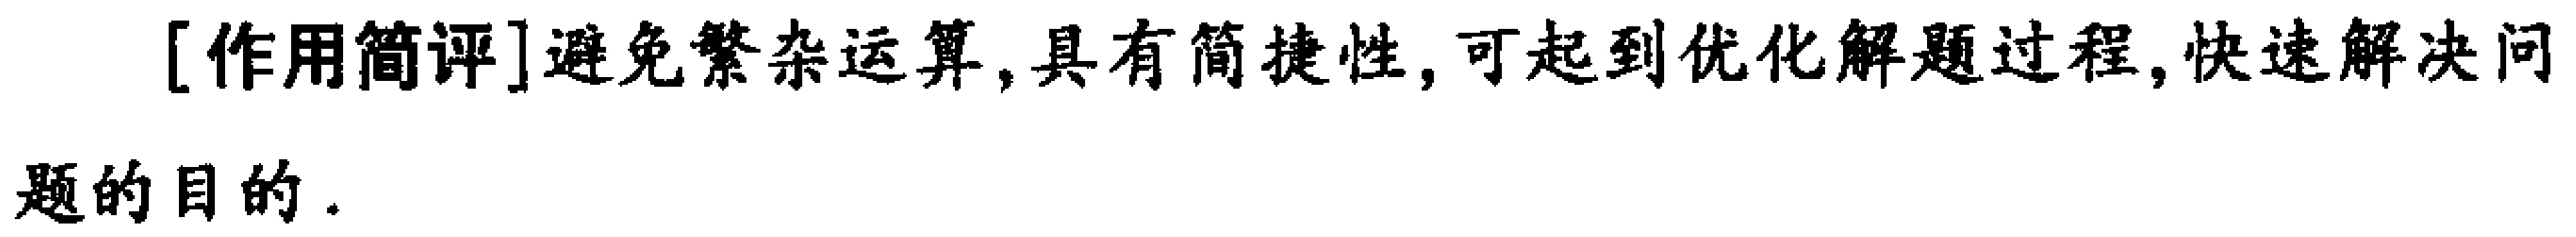
[作用简评]避免繁杂运算,具有简捷性,可起到优化解题过程,快速解决问题的目的.